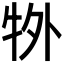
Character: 𭷜